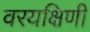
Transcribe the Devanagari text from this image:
वरयक्षिणी